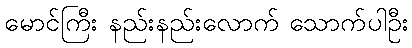
မောင်ကြီး နည်းနည်းလောက် သောက်ပါဦး